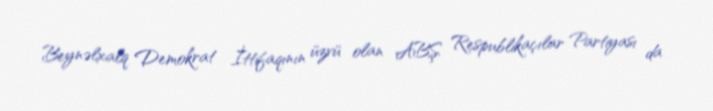
Beynəlxalq Demokrat İttifaqının üzvü olan ABŞ Respublikaçılar Partiyası da